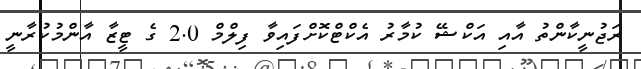
ރަޖުނީކާންތު އާއި އަކްޝޭ ކުމާރު އެކްޓްކޮށްފައިވާ ފިލްމް 2.0 ގެ ޓީޒާ އާންމުކުރާނީ